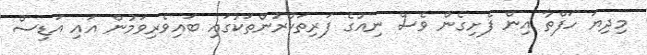
މިދިޔަ ހަފްތާ އިން ފެށިގެން ވެސް ނިއުގެ ފަރިތަކުރުންތަކުގައި ބައިވެރިވަމުން އައި އަޑިސް